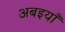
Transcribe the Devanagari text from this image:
अबइयाँ